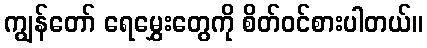
ကျွန်တော် ရေမွှေးတွေကို စိတ်ဝင်စားပါတယ်။